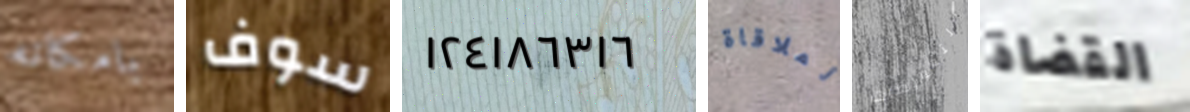
بامكانه سوف ١٢٤١٨٦٣١٦ لملاقاة التعويضات القضاة